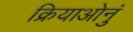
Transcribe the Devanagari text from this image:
क्रियाओनुं